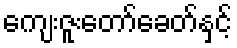
ကျေးဇူးတော်ခေတ်နှင့်